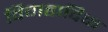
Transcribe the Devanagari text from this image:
विवाहादिक